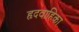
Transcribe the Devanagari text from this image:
हृदवाहिका